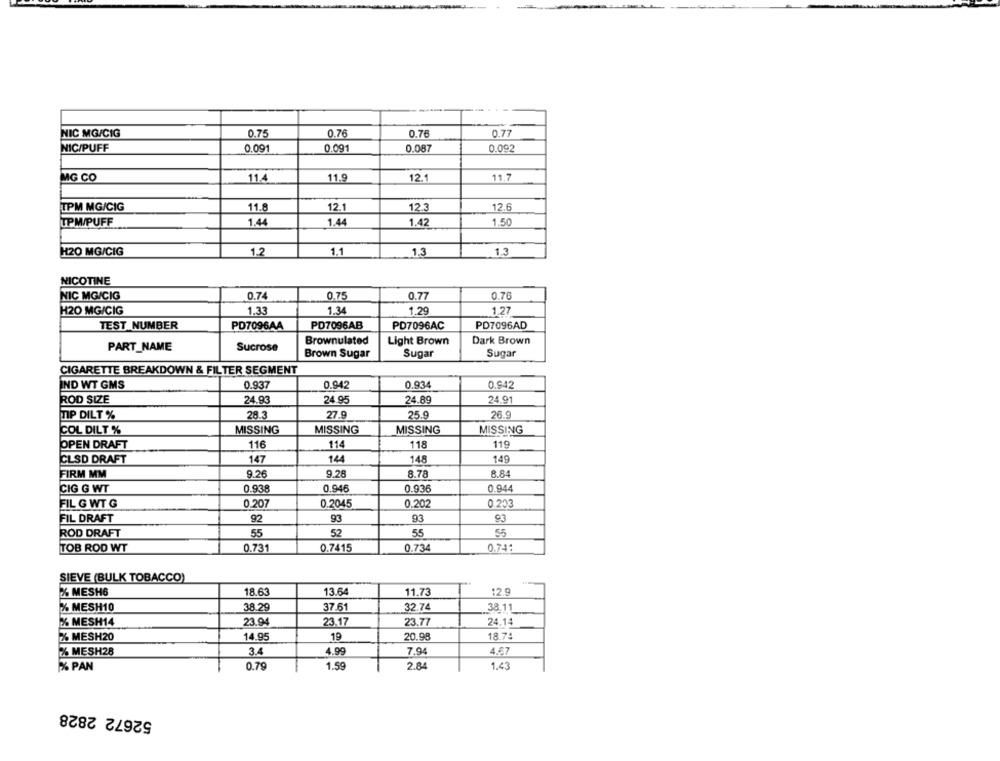
NIC MG/CIG
0.75
0.76
0.76
0.77
NIC/PUFF
0.091
0.091
0.087
0.092
MG CO
11.4
11.9
12.
11.7
12.6
TPM MG/CIG
11.8
12.1
12.3
TPM/PUFF
1.44
1.44
1.42
1.50
H20 MG/CIG
1.2
1.1
1.3
1.3
NICOTINE
NIC MG/CIG
0.74
0.75
0.77
0.76
H20 MG/CIG
1.33
1.34
1.29
1.27
TEST NUMBER
PD7096AA
PD7096AB
PD7096AC
PD7096AD
Brownulated
Light Brown
Dark Brown
PART_NAME
Sucrose
Brown Sugar
Sugar
Sugar
CIGARETTE BREAKDOWN & FILTER SEGMENT
IND WT GMS
0.937
0.942
0.934
0.942
ROD SIZE
24.93
24.95
24.89
24.91
TIP DILT %
28.3
27.9
25.9
26.9
COL DILT %
MISSING
MISSING
MISSING
MISSING
OPEN DRAFT
116
114
118
119
CLSD DRAFT
147
14
148
149
9.26
9.28
8.84
FIRM MM
8.78
0.938
0.946
0.936
0.944
CIG G WT
0.203
FIL G WT G
0.207
0.2045
0.202
FIL DRAFT
92
93
93
93
55
55
55
ROD DRAFT
52
TOB ROD WT
0.731
0.7415
0.734
0.74:
SIEVE (BULK TOBACCO)
%% MESH6
18.63
13.64
11.73
12.9
% MESH10
38.29
37.61
32.74
38.11
%% MESH14
23.94
23.17
23.77
24.14
% MESH20
14.95
19
20.98
18.74
% MESH28
3.4
4.99
7.94
4.67
% PAN
0.79
1.59
2.84
1.43
52672 2828